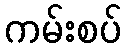
ကမ်းစပ်